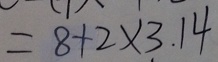
= 8 + 2 \times 3 . 1 4